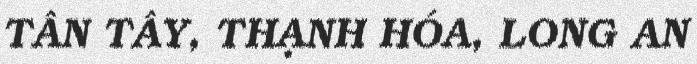
TÂN TÂY, THẠNH HÓA, LONG AN